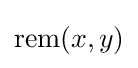
\mathrm {rem} (x,y)